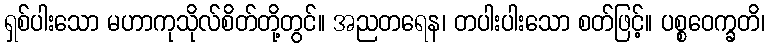
ရှစ်ပါးသော မဟာကုသိုလ်စိတ်တို့တွင်။ အညတရေန၊ တပါးပါးသော စတ်ဖြင့်။ ပစ္စဝေက္ခတိ၊